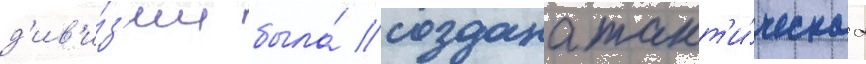
д'ив'и́з'ии была́ создана такт'и́ческаа